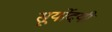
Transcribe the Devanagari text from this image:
सूर्योदयीं